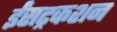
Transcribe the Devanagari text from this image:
ईंसट्रकशन